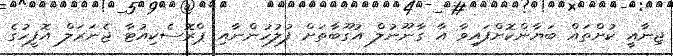
ޖިނާއީ ކުށްތައް ބަޔާންކޮށްފައިވާ އާ ގާނޫނުލް އުގޫބާތަށް ފުލުހުންނާއި ޕްރޮސެކިއުޓާ ޖެނަރަލް އޮފީހުގެ